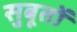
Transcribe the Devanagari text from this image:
सुबूतों